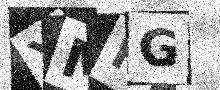
Text: YMHG